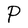
Character: P